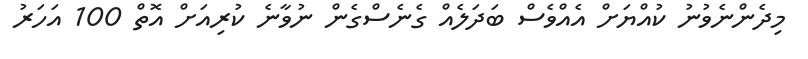
މިދެންނެވުނު ކުއްޔަށް އެއްވެސް ބަދަލެއް ގެނެސްގެން ނުވާނެ ކުރިއަށް އޮތް 100 އަހަރު